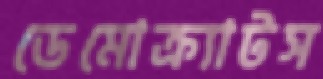
ডেমোক্র্যাটস